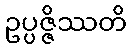
ဥပ္ပဇ္ဇိဿတိ